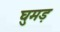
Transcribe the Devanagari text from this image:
घुमड़